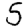
Digit: 5